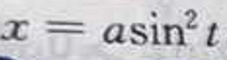
\[x = a\sin^{2}t\]